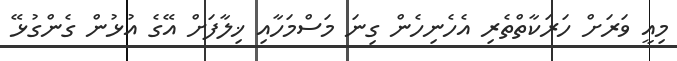
މިއީ ވަރަށް ހަރަކާތްތެރި އެހެނިހެން ގިނަ މަސްމަހާއި ޚިލާފަށް އޭގެ އުޅުން ގެންގުޅޭ